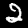
Digit: 2